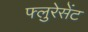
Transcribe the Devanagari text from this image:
फ्लुरेसेंट